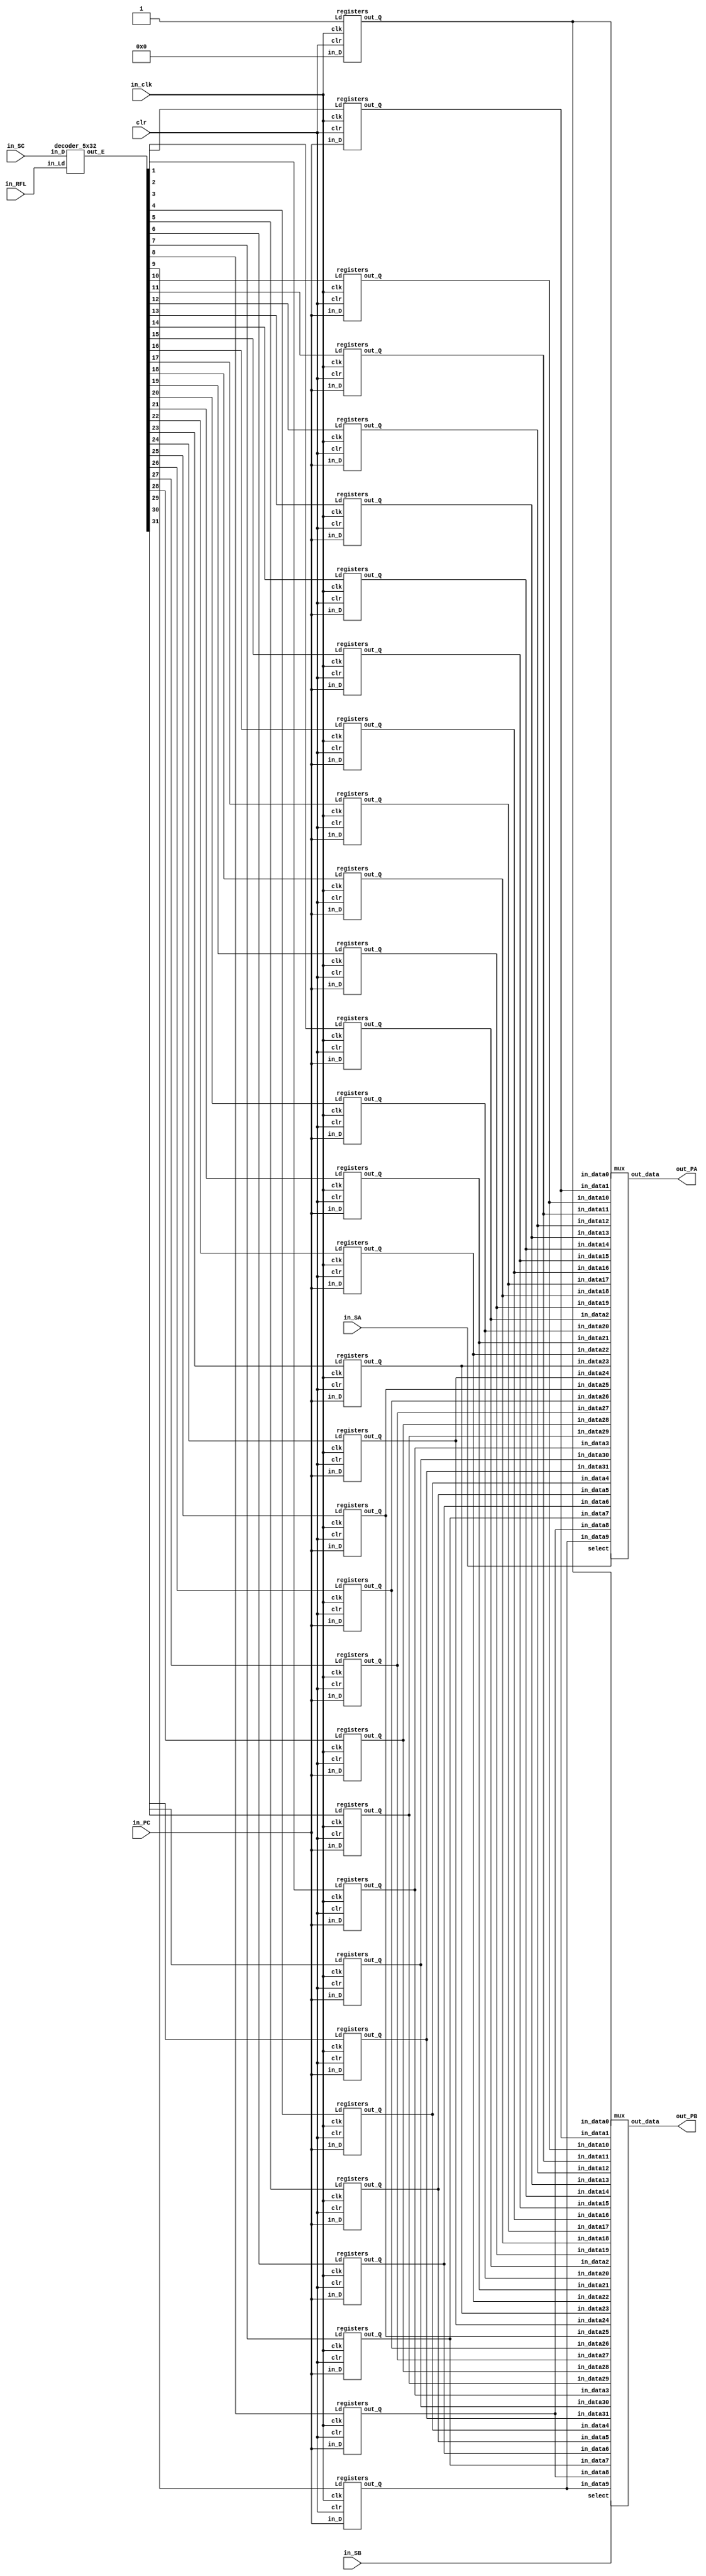
/*
Author: Jahannie Torres-Rodrguez
  Requirements:
	-PA,PB,PC
    -SA,SB,SC
    -Lds
    -Binary Decoder (1)
    -Registers (32)
    -Mux (2)1
*/




module registerFile(out_PA, out_PB, in_PC, in_SA, in_SB, in_SC, in_RFL, in_clk, clr);
	output [31:0] out_PA;
	output [31:0] out_PB;
	 input [31:0] in_PC;
	 input [4:0] in_SA;
	 input [4:0] in_SB;
	 input [4:0] in_SC;

	 input in_RFL;

	 input in_clk, clr;

  	 //Lds
     wire[31:0] Ld;

  	//Binary Decoder
     decoder_5x32 binaryDecoder(in_SC, Ld, in_RFL);


	// 32 Registers
	wire[31:0] Q0;
	wire[31:0] Q1;
	wire[31:0] Q2;
	wire[31:0] Q3;
	wire[31:0] Q4;
	wire[31:0] Q5;
	wire[31:0] Q6;
	wire[31:0] Q7;
	wire[31:0] Q8;
	wire[31:0] Q9;
wire[31:0] Q10;
	wire[31:0] Q11;
	wire[31:0] Q12;
	wire[31:0] Q13;
	wire[31:0] Q14;
	wire[31:0] Q15;
	wire[31:0] Q16;
	wire[31:0] Q17;
wire[31:0] Q18;
	wire[31:0] Q19;
	wire[31:0] Q20;
	wire[31:0] Q21;
	wire[31:0] Q22;
	wire[31:0] Q23;
	wire[31:0] Q24;
	wire[31:0] Q25;
	wire[31:0] Q26;
	wire[31:0] Q27;
	wire[31:0] Q28;
	wire[31:0] Q29;
wire[31:0] Q30;
	wire[31:0] Q31;

      registers r00 (Q0, 32'b0000000000000000000000, 1'b1, in_clk, clr);
      registers r01 (Q1, in_PC, Ld[1], in_clk, clr);
      registers r02 (Q2, in_PC, Ld[2], in_clk, clr);
      registers r03 (Q3, in_PC, Ld[3], in_clk, clr);
      registers r04 (Q4, in_PC, Ld[4], in_clk, clr);
      registers r05 (Q5, in_PC, Ld[5], in_clk, clr);
      registers r06 (Q6, in_PC, Ld[6], in_clk, clr);
      registers r07 (Q7, in_PC, Ld[7], in_clk, clr);
      registers r08 (Q8, in_PC, Ld[8], in_clk, clr);
      registers r09 (Q9, in_PC, Ld[9], in_clk, clr);
      registers r10 (Q10, in_PC, Ld[10], in_clk, clr);
      registers r11 (Q11, in_PC, Ld[11], in_clk, clr);
      registers r12 (Q12, in_PC, Ld[12], in_clk, clr);
      registers r13 (Q13, in_PC, Ld[13], in_clk, clr);
      registers r14 (Q14, in_PC, Ld[14], in_clk, clr);
      registers r15 (Q15, in_PC, Ld[15], in_clk, clr);
      registers r16 (Q16, in_PC, Ld[16], in_clk, clr);
      registers r17 (Q17, in_PC, Ld[17], in_clk, clr);
      registers r18 (Q18, in_PC, Ld[18], in_clk, clr);
      registers r19 (Q19, in_PC, Ld[19], in_clk, clr);
      registers r20 (Q20, in_PC, Ld[20], in_clk, clr);
      registers r21 (Q21, in_PC, Ld[21], in_clk, clr);
      registers r22 (Q22, in_PC, Ld[22], in_clk, clr);
      registers r23 (Q23, in_PC, Ld[23], in_clk, clr);
      registers r24 (Q24, in_PC, Ld[24], in_clk, clr);
      registers r25 (Q25, in_PC, Ld[25], in_clk, clr);
      registers r26 (Q26, in_PC, Ld[26], in_clk, clr);
      registers r27 (Q27, in_PC, Ld[27], in_clk, clr);
      registers r28 (Q28, in_PC, Ld[28], in_clk, clr);
      registers r29 (Q29, in_PC, Ld[29], in_clk, clr);
      registers r30 (Q30, in_PC, Ld[30], in_clk, clr);
      registers r31 (Q31, in_PC, Ld[31], in_clk, clr);

	//Mux
mux mux_A(Q0, Q1, Q2, Q3, Q4, Q5, Q6, Q7, Q8, Q9, Q10, Q11, Q12, Q13, Q14, Q15, Q16, Q17, Q18, Q19, Q20, Q21, Q22, Q23, Q24, Q25, Q26, Q27, Q28, Q29, Q30, Q31, in_SA, out_PA);

mux mux_B(Q0, Q1, Q2, Q3, Q4, Q5, Q6, Q7, Q8, Q9, Q10, Q11, Q12, Q13, Q14, Q15, Q16, Q17, Q18, Q19, Q20, Q21, Q22, Q23, Q24, Q25, Q26, Q27, Q28, Q29, Q30, Q31, in_SB, out_PB);

	endmodule

	//Binary Decoder

	module decoder_5x32 (in_D , out_E, in_Ld);
		 input [4:0] in_D;
		 output reg [31:0] out_E ;
		 input in_Ld;

		 always @ (in_Ld)
		 begin
		  out_E= 0;
		  if (in_Ld == 1'b1) begin
		   case (in_D)
			5'b00000 : out_E = 32'b00000000000000000000000000000001;
			5'b00001 : out_E = 32'b00000000000000000000000000000010;
			5'b00010 : out_E = 32'b00000000000000000000000000000100;
			5'b00011 : out_E = 32'b00000000000000000000000000001000;
			5'b00100 : out_E = 32'b00000000000000000000000000010000;
			5'b00101 : out_E = 32'b00000000000000000000000000100000;
			5'b00110 : out_E = 32'b00000000000000000000000001000000;
			5'b00111 : out_E = 32'b00000000000000000000000010000000;
			5'b01000 : out_E = 32'b00000000000000000000000100000000;
			5'b01001 : out_E = 32'b00000000000000000000001000000000;
			5'b01010 : out_E = 32'b00000000000000000000010000000000;
			5'b01011 : out_E = 32'b00000000000000000000100000000000;
			5'b01100 : out_E = 32'b00000000000000000001000000000000;
			5'b01101 : out_E = 32'b00000000000000000010000000000000;
			5'b01110 : out_E = 32'b00000000000000000100000000000000;
			5'b01111 : out_E = 32'b00000000000000001000000000000000;
			5'b10000 : out_E = 32'b00000000000000010000000000000000;
			5'b10001 : out_E = 32'b00000000000000100000000000000000;
			5'b10010 : out_E = 32'b00000000000001000000000000000000;
		 	5'b10011 : out_E = 32'b00000000000010000000000000000000;
		    5'b10100 : out_E = 32'b00000000000100000000000000000000;
		    5'b10101 : out_E = 32'b00000000001000000000000000000000;
		    5'b10110 : out_E = 32'b00000000010000000000000000000000;
			5'b10111 : out_E = 32'b00000000100000000000000000000000;
		    5'b11000 : out_E = 32'b00000001000000000000000000000000;
		    5'b11001 : out_E = 32'b00000010000000000000000000000000;
			5'b11010 : out_E = 32'b00000100000000000000000000000000;
		    5'b11011 : out_E = 32'b00001000000000000000000000000000;
		    5'b11100 : out_E = 32'b00010000000000000000000000000000;
			5'b11101 : out_E = 32'b00100000000000000000000000000000;
		    5'b11110 : out_E = 32'b01000000000000000000000000000000;
			5'b11111 : out_E = 32'b10000000000000000000000000000000;
		 endcase
		end
	   end
	endmodule


	//Registers

	module registers(out_Q, in_D, Ld, clk, clr);
			 output reg[31:0] out_Q;
			 input [31:0] in_D;
			 input Ld;
			 input clk, clr;
			 always @(posedge clk)
			 	if(clr)
					out_Q <= 32'd0;
				else if (Ld)
					out_Q <= in_D;
	endmodule

	//Mux

	module mux(in_data0, in_data1, in_data2, in_data3, in_data4, in_data5, in_data6, in_data7, in_data8, in_data9, in_data10, in_data11, in_data12, in_data13, in_data14, in_data15, in_data16, in_data17, in_data18, in_data19, in_data20, in_data21, in_data22, in_data23, in_data24, in_data25, in_data26, in_data27, in_data28, in_data29, in_data30, in_data31, select, out_data);
			input [31:0] in_data0;
			input [31:0] in_data1;
			input [31:0] in_data2;
			input [31:0] in_data3;
			input [31:0] in_data4;
			input [31:0] in_data5;
			input [31:0] in_data6;
			input [31:0] in_data7;
			input [31:0] in_data8;
			input [31:0] in_data9;
			input [31:0] in_data10;
			input [31:0] in_data11;
			input [31:0] in_data12;
			input [31:0] in_data13;
			input [31:0] in_data14;
			input [31:0] in_data15;
			input [31:0] in_data16;
			input [31:0] in_data17;
			input [31:0] in_data18;
			input [31:0] in_data19;
			input [31:0] in_data20;
			input [31:0] in_data21;
			input [31:0] in_data22;
			input [31:0] in_data23;
			input [31:0] in_data24;
			input [31:0] in_data25;
			input [31:0] in_data26;
			input [31:0] in_data27;
			input [31:0] in_data28;
			input [31:0] in_data29;
			input [31:0] in_data30;
			input [31:0] in_data31;
			input [4:0] select;
			output reg [31:0] out_data;

			always @(in_data0, in_data1, in_data2, in_data3, in_data4, in_data5, in_data6, in_data7, in_data8, in_data9, in_data10, in_data11, in_data12, in_data13, in_data14, in_data15, in_data16, in_data17, in_data18, in_data19, in_data20, in_data21, in_data22, in_data23, in_data24, in_data25, in_data26, in_data27, in_data28, in_data29, in_data30, in_data31, select)
			//always @(*)
			begin
			case (select)
			5'b00000 : out_data = in_data0;
			5'b00001 : out_data = in_data1;
			5'b00010 : out_data = in_data2;
			5'b00011 : out_data = in_data3;
			5'b00100 : out_data = in_data4;
			5'b00101 : out_data = in_data5;
			5'b00110 : out_data = in_data6;
			5'b00111 : out_data = in_data7;
			5'b01000 : out_data = in_data8;
			5'b01001 : out_data = in_data9;
			5'b01010 : out_data = in_data10;
			5'b01011 : out_data = in_data11;
			5'b01100 : out_data = in_data12;
			5'b01101 : out_data = in_data13;
			5'b01110 : out_data = in_data14;
			5'b01111 : out_data = in_data15;
			5'b10000 : out_data = in_data16;
			5'b10001 : out_data = in_data17;
			5'b10010 : out_data = in_data18;
			5'b10011 : out_data = in_data19;
			5'b10100 : out_data = in_data20;
			5'b10101 : out_data = in_data21;
			5'b10110 : out_data = in_data22;
			5'b10111 : out_data = in_data23;
			5'b11000 : out_data = in_data24;
			5'b11001 : out_data = in_data25;
			5'b11010 : out_data = in_data26;
			5'b11011 : out_data = in_data27;
      			5'b11100 : out_data = in_data28;
			5'b11101 : out_data = in_data29;
			5'b11110 : out_data = in_data30;
			5'b11111 : out_data = in_data31;
	  endcase
	  end
	endmodule


//-----------------TEST-----------------

// module RegFile_test;
//   wire [31:0] out_PA;
//   wire [31:0] out_PB;
//   reg [31:0] in_PC;
//   reg [4:0] in_SA;
//   reg [4:0] in_SB;
//   reg [4:0] in_SC;
//   reg in_RFL;
//   reg in_clk;
  
  


// registerFile regFile(out_PA, out_PB, in_PC, in_SA, in_SB, in_SC, in_RFL, in_clk);

 
  
// initial begin
    
    
//     in_PC = 32'b00000000000000000000000000000100;
//     in_SC = 32'b00000000000000000000000000000100;
// 	#5 in_RFL= 1;
//     #5 in_clk= 1;    
    
//   	#5 in_RFL= 0;
//     #5 in_clk= 0; 
  
//     in_SA = 32'b00000000000000000000000000000100;
//     in_SB = 32'b00000000000000000000000000000011;
    
//  	#5	in_RFL= 1;
//   	#5  in_clk= 1;   
    
//     $display ("DATA en out_PA %b reg0 %d reg1 %d", out_PA, regFile.Q0, regFile.Q1);
//     $display ("DATA en out_PB %b reg0 %d reg1 %d", out_PB, regFile.Q0, regFile.Q1);
//         $display(" \n\nReg0 %d  reg1 %d reg2 %d reg3 %d reg4 %d reg5 %d\n \n\nReg6 %d  reg7 %d reg8 %d reg9 %d reg10 %d reg11 %d\n \n\nReg12 %d  reg13 %d reg14 %d reg15 %d reg16 %d reg17 %d\n \n\nReg18 %d  reg19 %d reg20 %d reg21 %d reg22 %d reg23 %d\n", regFile.Q0,regFile.Q1,regFile.Q2,regFile.Q3,regFile.Q4,regFile.Q5, regFile.Q6,regFile.Q7,regFile.Q8,regFile.Q9,regFile.Q10,regFile.Q11, regFile.Q12,regFile.Q13,regFile.Q14,regFile.Q15,regFile.Q16,regFile.Q17, regFile.Q18,regFile.Q19,regFile.Q20,regFile.Q21,regFile.Q22,regFile.Q23);

//     #5 in_RFL= 0;
//     #5 in_clk= 0; 
  
//     in_PC = 32'b11111111111111111111111111111111;
//     in_SC = 32'b00000000000000000000000000000011;
// 	#5 in_RFL= 1;
//     #5 in_clk= 1;    
    
//   	#5 in_RFL= 0;
//     #5 in_clk= 0; 
  
//     in_SA = 32'b00000000000000000000000000000100;
//     in_SB = 32'b00000000000000000000000000000011;
    
//  	#5	in_RFL= 1;
//   	#5  in_clk= 1;   

//     $display ("DATA en out_PA %b reg0 %d reg1 %d", out_PA, regFile.Q0, regFile.Q1);
//     $display ("DATA en out_PB %b reg0 %d reg1 %d", out_PB, regFile.Q0, regFile.Q1);

// end

// endmodule